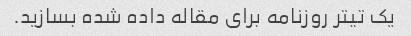
یک تیتر روزنامه برای مقاله داده شده بسازید.